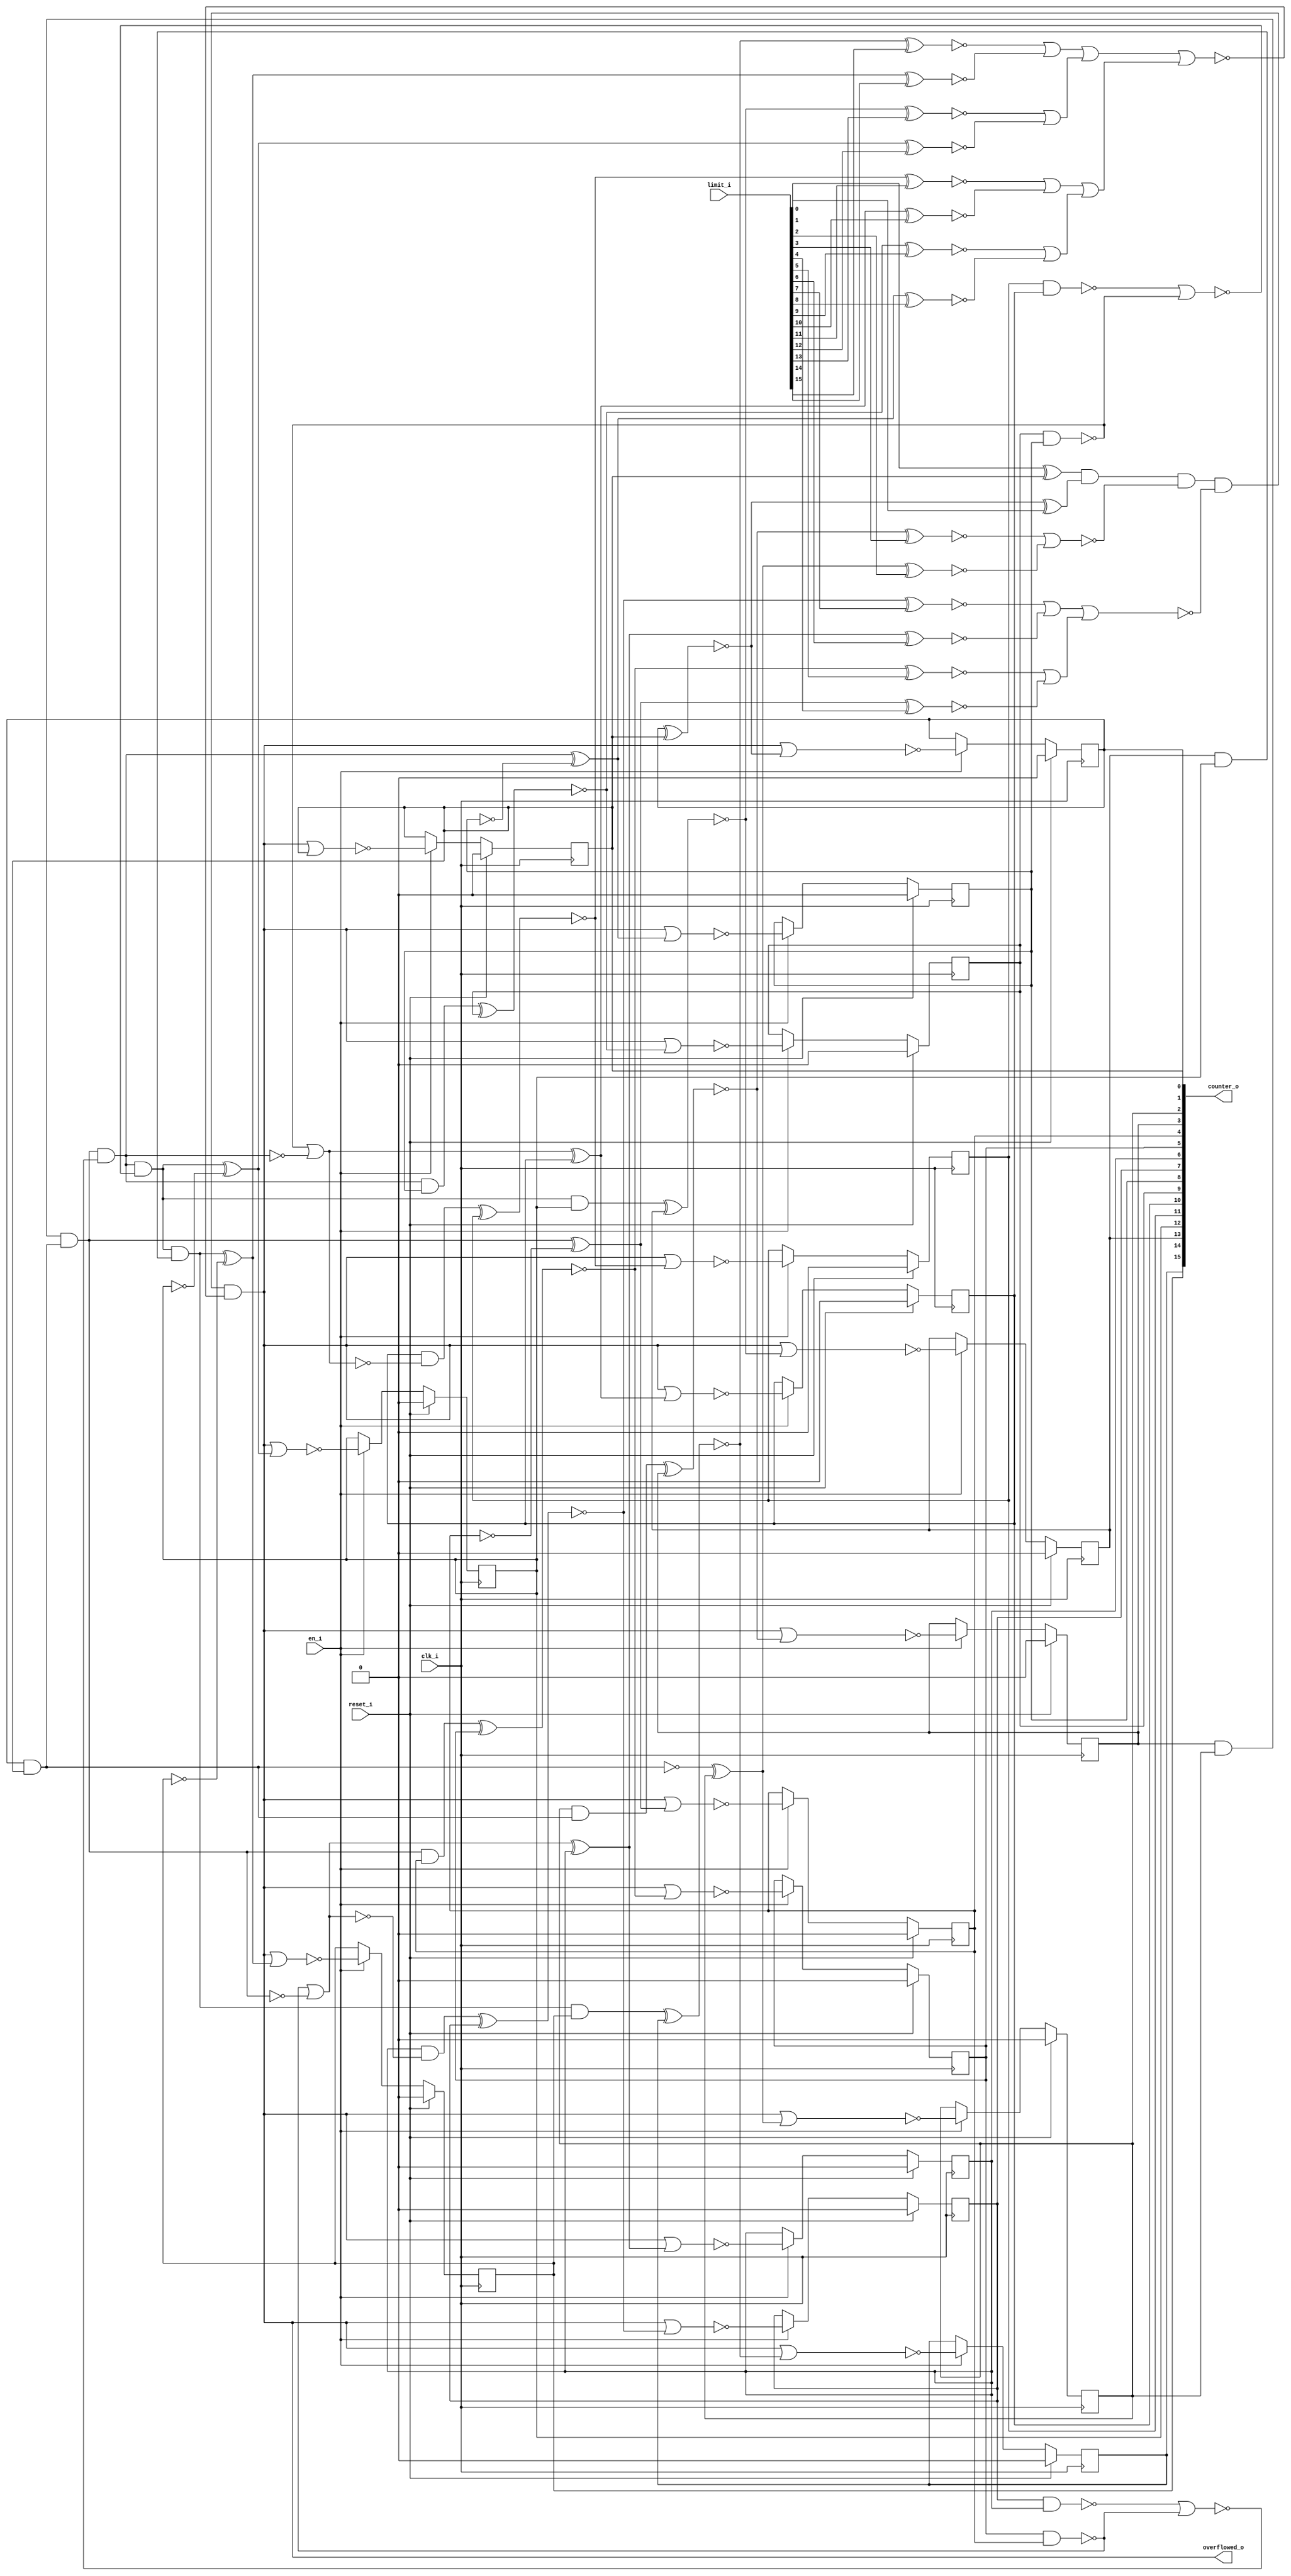
// This program was cloned from: https://github.com/chipsalliance/synlig
// License: Apache License 2.0

/* Generated by Yosys 0.27+9 (git sha1 101d19bb6, gcc 11.2.0-7ubuntu2 -fPIC -Os) */

(* top =  1  *)

module bsg_counter_dynamic_limit_en(clk_i, reset_i, en_i, limit_i, counter_o, overflowed_o);
  wire _000_;
  wire _001_;
  wire _002_;
  wire _003_;
  wire _004_;
  wire _005_;
  wire _006_;
  wire _007_;
  wire _008_;
  wire _009_;
  wire _010_;
  wire _011_;
  wire _012_;
  wire _013_;
  wire _014_;
  wire _015_;
  wire _016_;
  wire _017_;
  wire _018_;
  wire _019_;
  wire _020_;
  wire _021_;
  wire _022_;
  wire _023_;
  wire _024_;
  wire _025_;
  wire _026_;
  wire _027_;
  wire _028_;
  wire _029_;
  wire _030_;
  wire _031_;
  wire _032_;
  wire _033_;
  wire _034_;
  wire _035_;
  wire _036_;
  wire _037_;
  wire _038_;
  wire _039_;
  wire _040_;
  wire _041_;
  wire _042_;
  wire _043_;
  wire _044_;
  wire _045_;
  wire _046_;
  wire _047_;
  wire _048_;
  wire _049_;
  wire _050_;
  wire _051_;
  wire _052_;
  wire _053_;
  wire _054_;
  wire _055_;
  wire _056_;
  wire _057_;
  wire _058_;
  wire _059_;
  wire _060_;
  wire _061_;
  wire _062_;
  wire _063_;
  wire _064_;
  wire _065_;
  wire _066_;
  wire _067_;
  wire _068_;
  wire _069_;
  wire _070_;
  wire _071_;
  wire _072_;
  wire _073_;
  wire _074_;
  wire _075_;
  wire _076_;
  wire _077_;
  wire _078_;
  wire _079_;
  wire _080_;
  wire _081_;
  wire _082_;
  wire _083_;
  wire _084_;
  wire _085_;
  wire _086_;
  
  input clk_i;
  wire clk_i;
  
  output [15:0] counter_o;
  reg [15:0] counter_o;
  
  input en_i;
  wire en_i;
  
  input [15:0] limit_i;
  wire [15:0] limit_i;
  
  output overflowed_o;
  wire overflowed_o;
  
  input reset_i;
  wire reset_i;
  assign _021_ = limit_i[0] ^ counter_o[0];
  assign _022_ = ~(counter_o[1] ^ counter_o[0]);
  assign _023_ = ~(_022_ ^ limit_i[1]);
  assign _024_ = _021_ & ~(_023_);
  assign _025_ = ~(counter_o[1] & counter_o[0]);
  assign _026_ = _025_ ^ counter_o[2];
  assign _027_ = ~(_026_ ^ limit_i[2]);
  assign _028_ = counter_o[2] & ~(_025_);
  assign _029_ = ~(_028_ ^ counter_o[3]);
  assign _030_ = ~(_029_ ^ limit_i[3]);
  assign _031_ = _030_ | _027_;
  assign _032_ = _024_ & ~(_031_);
  assign _033_ = ~counter_o[4];
  assign _034_ = counter_o[3] & counter_o[2];
  assign _035_ = _034_ & ~(_025_);
  assign _036_ = _035_ ^ _033_;
  assign _037_ = ~(_036_ ^ limit_i[4]);
  assign _038_ = _035_ & ~(_033_);
  assign _039_ = ~(_038_ ^ counter_o[5]);
  assign _040_ = ~(_039_ ^ limit_i[5]);
  assign _041_ = _040_ | _037_;
  assign _042_ = ~(counter_o[5] & counter_o[4]);
  assign _043_ = _042_ | ~(_035_);
  assign _044_ = _043_ ^ counter_o[6];
  assign _045_ = ~(_044_ ^ limit_i[6]);
  assign _046_ = counter_o[6] & ~(_043_);
  assign _047_ = ~(_046_ ^ counter_o[7]);
  assign _048_ = ~(_047_ ^ limit_i[7]);
  assign _049_ = _048_ | _045_;
  assign _050_ = _049_ | _041_;
  assign _051_ = _032_ & ~(_050_);
  assign _052_ = ~counter_o[8];
  assign _053_ = ~(counter_o[7] & counter_o[6]);
  assign _054_ = _053_ | _042_;
  assign _055_ = _035_ & ~(_054_);
  assign _056_ = _055_ ^ _052_;
  assign _057_ = ~(_056_ ^ limit_i[8]);
  assign _058_ = _055_ & ~(_052_);
  assign _059_ = ~(_058_ ^ counter_o[9]);
  assign _060_ = ~(_059_ ^ limit_i[9]);
  assign _061_ = _060_ | _057_;
  assign _062_ = ~(counter_o[9] & counter_o[8]);
  assign _063_ = _062_ | ~(_055_);
  assign _064_ = _063_ ^ counter_o[10];
  assign _065_ = ~(_064_ ^ limit_i[10]);
  assign _066_ = counter_o[10] & ~(_063_);
  assign _067_ = ~(_066_ ^ counter_o[11]);
  assign _068_ = ~(_067_ ^ limit_i[11]);
  assign _069_ = _068_ | _065_;
  assign _070_ = _069_ | _061_;
  assign _000_ = ~counter_o[12];
  assign _001_ = ~(counter_o[11] & counter_o[10]);
  assign _002_ = _001_ | _062_;
  assign _003_ = _055_ & ~(_002_);
  assign _004_ = _003_ ^ _000_;
  assign _005_ = ~(_004_ ^ limit_i[12]);
  assign _006_ = _003_ & ~(_000_);
  assign _007_ = ~(_006_ ^ counter_o[13]);
  assign _008_ = ~(_007_ ^ limit_i[13]);
  assign _009_ = _008_ | _005_;
  assign _010_ = ~counter_o[14];
  assign _011_ = ~(counter_o[13] & counter_o[12]);
  assign _012_ = _003_ & ~(_011_);
  assign _013_ = _012_ ^ _010_;
  assign _014_ = ~(_013_ ^ limit_i[14]);
  assign _015_ = _012_ & ~(_010_);
  assign _016_ = ~(_015_ ^ counter_o[15]);
  assign _017_ = ~(_016_ ^ limit_i[15]);
  assign _018_ = _017_ | _014_;
  assign _019_ = _018_ | _009_;
  assign _020_ = _019_ | _070_;
  assign overflowed_o = _051_ & ~(_020_);
  assign _071_ = ~(overflowed_o | counter_o[0]);
  assign _078_ = ~(overflowed_o | _022_);
  assign _079_ = ~(overflowed_o | _026_);
  assign _080_ = ~(overflowed_o | _029_);
  assign _081_ = ~(overflowed_o | _036_);
  assign _082_ = ~(overflowed_o | _039_);
  assign _083_ = ~(overflowed_o | _044_);
  assign _084_ = ~(overflowed_o | _047_);
  assign _085_ = ~(overflowed_o | _056_);
  assign _086_ = ~(overflowed_o | _059_);
  assign _072_ = ~(overflowed_o | _064_);
  assign _073_ = ~(overflowed_o | _067_);
  assign _074_ = ~(overflowed_o | _004_);
  assign _075_ = ~(overflowed_o | _007_);
  assign _076_ = ~(overflowed_o | _013_);
  assign _077_ = ~(overflowed_o | _016_);
  (* \always_ff  = 32'd1 *)
  
  always @(posedge clk_i)
    if (reset_i) counter_o[0] <= 1'h0;
    else if (en_i) counter_o[0] <= _071_;
  (* \always_ff  = 32'd1 *)
  
  always @(posedge clk_i)
    if (reset_i) counter_o[1] <= 1'h0;
    else if (en_i) counter_o[1] <= _078_;
  (* \always_ff  = 32'd1 *)
  
  always @(posedge clk_i)
    if (reset_i) counter_o[2] <= 1'h0;
    else if (en_i) counter_o[2] <= _079_;
  (* \always_ff  = 32'd1 *)
  
  always @(posedge clk_i)
    if (reset_i) counter_o[3] <= 1'h0;
    else if (en_i) counter_o[3] <= _080_;
  (* \always_ff  = 32'd1 *)
  
  always @(posedge clk_i)
    if (reset_i) counter_o[4] <= 1'h0;
    else if (en_i) counter_o[4] <= _081_;
  (* \always_ff  = 32'd1 *)
  
  always @(posedge clk_i)
    if (reset_i) counter_o[5] <= 1'h0;
    else if (en_i) counter_o[5] <= _082_;
  (* \always_ff  = 32'd1 *)
  
  always @(posedge clk_i)
    if (reset_i) counter_o[6] <= 1'h0;
    else if (en_i) counter_o[6] <= _083_;
  (* \always_ff  = 32'd1 *)
  
  always @(posedge clk_i)
    if (reset_i) counter_o[7] <= 1'h0;
    else if (en_i) counter_o[7] <= _084_;
  (* \always_ff  = 32'd1 *)
  
  always @(posedge clk_i)
    if (reset_i) counter_o[8] <= 1'h0;
    else if (en_i) counter_o[8] <= _085_;
  (* \always_ff  = 32'd1 *)
  
  always @(posedge clk_i)
    if (reset_i) counter_o[9] <= 1'h0;
    else if (en_i) counter_o[9] <= _086_;
  (* \always_ff  = 32'd1 *)
  
  always @(posedge clk_i)
    if (reset_i) counter_o[10] <= 1'h0;
    else if (en_i) counter_o[10] <= _072_;
  (* \always_ff  = 32'd1 *)
  
  always @(posedge clk_i)
    if (reset_i) counter_o[11] <= 1'h0;
    else if (en_i) counter_o[11] <= _073_;
  (* \always_ff  = 32'd1 *)
  
  always @(posedge clk_i)
    if (reset_i) counter_o[12] <= 1'h0;
    else if (en_i) counter_o[12] <= _074_;
  (* \always_ff  = 32'd1 *)
  
  always @(posedge clk_i)
    if (reset_i) counter_o[13] <= 1'h0;
    else if (en_i) counter_o[13] <= _075_;
  (* \always_ff  = 32'd1 *)
  
  always @(posedge clk_i)
    if (reset_i) counter_o[14] <= 1'h0;
    else if (en_i) counter_o[14] <= _076_;
  (* \always_ff  = 32'd1 *)
  
  always @(posedge clk_i)
    if (reset_i) counter_o[15] <= 1'h0;
    else if (en_i) counter_o[15] <= _077_;
endmodule